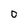
Character: 0